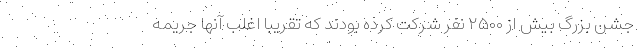
جشن بزرگ بیش از ۲۵۰۰ نفر شرکت کرده بودند که تقریبا اغلب آنها جریمه